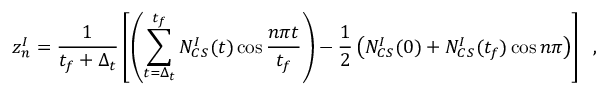
z _ { n } ^ { I } = \frac { 1 } { t _ { f } + \Delta _ { t } } \left[ \left( \sum _ { t = \Delta _ { t } } ^ { t _ { f } } N _ { C S } ^ { I } ( t ) \cos { \frac { n \pi t } { t _ { f } } } \right) - \frac { 1 } { 2 } \left( N _ { C S } ^ { I } ( 0 ) + N _ { C S } ^ { I } ( t _ { f } ) \cos { n \pi } \right) \right] \; \; ,